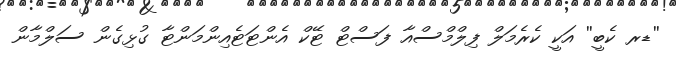
''ޑރ ކެބީ'' އަކީ ކެރެމަލް ފިލްމްސްއާ ފަސްޓް ޓޭކް އެންޓަޓެއިންމަންޓާ ގުޅިގެން ސަލްމާން